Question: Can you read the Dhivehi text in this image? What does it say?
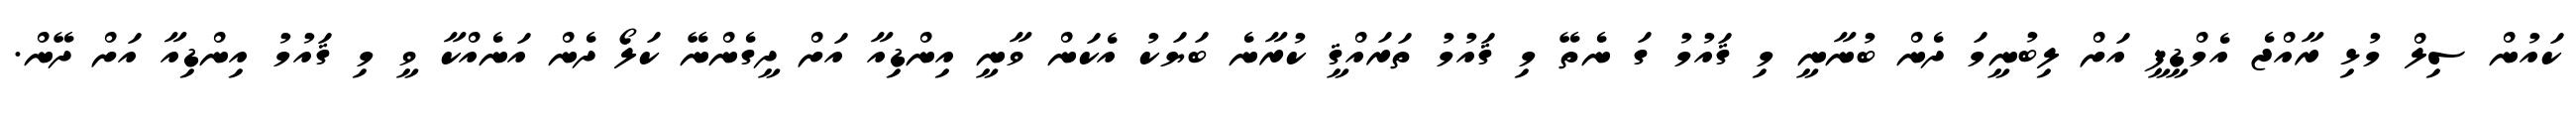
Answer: ކައުން ސިލް މުޅި ރާއްޖެ އެމްޑީޕީ އަށް ލިބުނީމަ ދެން ބުނާނީ މި ޤައުމު ގަ ނެތޭ މި ޤައުމު ތަރައްޤީ ކުރާނެ ބަޔަކު އެކަން ވާނީ އިންޑިއާ އަށް ދީގެންނޭ ކަލޯ ދެން އަނެއްކާ ވީ މި ޤައުމު އިންޑިއާ އަށް ދޭން.